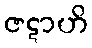
ဇဋာဟိ